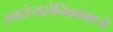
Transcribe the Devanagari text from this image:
स्वातंत्र्यसैनिकांमध्ये